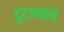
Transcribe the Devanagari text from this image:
दुर्जनांचे